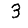
Digit: 3